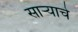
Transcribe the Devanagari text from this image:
सार्‍याचे